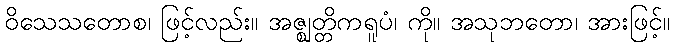
ဝိသေသတောစ၊ ဖြင့်လည်း။ အဇ္ဈတ္တိကရူပံ၊ ကို။ အသုဘတော၊ အားဖြင့်။